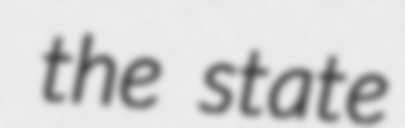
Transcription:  the state